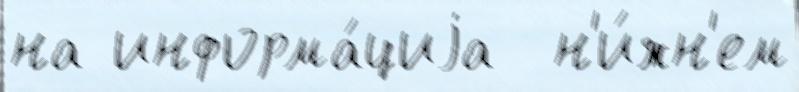
на информа́циjа  н'и́жн'ем